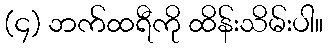
(၄) ဘက်ထရီကို ထိန်းသိမ်းပါ။